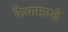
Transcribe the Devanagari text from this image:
कैद्यासारखे